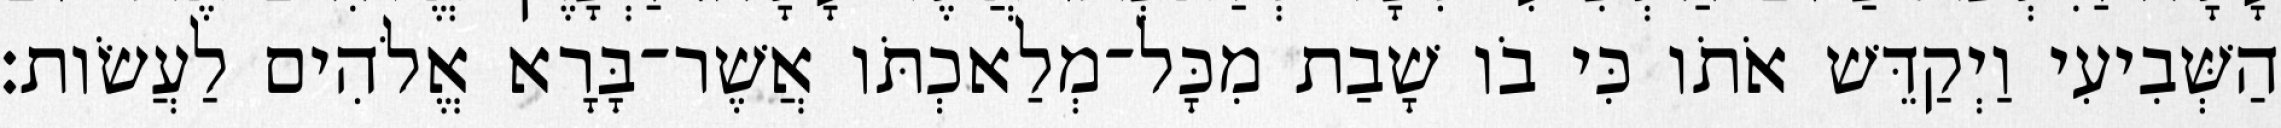
הַשְּׁבִיעִי וַיְקַדֵּשׁ אֹתֹו כִּי בֹו שָׁבַת מִכָּל־מְלַאכְתֹּו אֲשֶׁר־בָּרָא אֱלֹהִים לַעֲשֹׂות׃